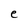
Character: e